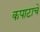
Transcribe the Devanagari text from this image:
कपाटाचे